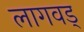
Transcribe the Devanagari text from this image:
लागवड्